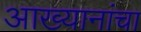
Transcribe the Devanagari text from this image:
आख्यानांचा